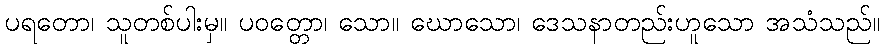
ပရတော၊ သူတစ်ပါးမှ။ ပဝတ္တော၊ သော။ ဃောသော၊ ဒေသနာတည်းဟူသော အသံသည်။